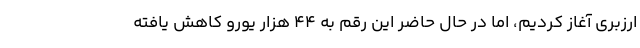
ارزبری آغاز کردیم، اما در حال حاضر این رقم به ۴۴ هزار یورو کاهش یافته